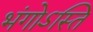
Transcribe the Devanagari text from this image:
भंगोऽस्ति